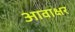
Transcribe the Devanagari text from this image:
आवाक्षर